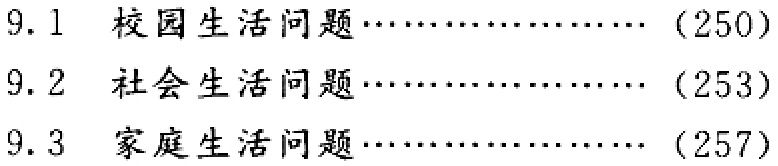
9.1 校园生活问题\cdots\cdots\cdots\cdots\cdots\cdots (250)\\

9.2 社会生活问题\cdots\cdots\cdots\cdots\cdots\cdots (253)\\

9.3 家庭生活问题\cdots\cdots\cdots\cdots\cdots\cdots (257)